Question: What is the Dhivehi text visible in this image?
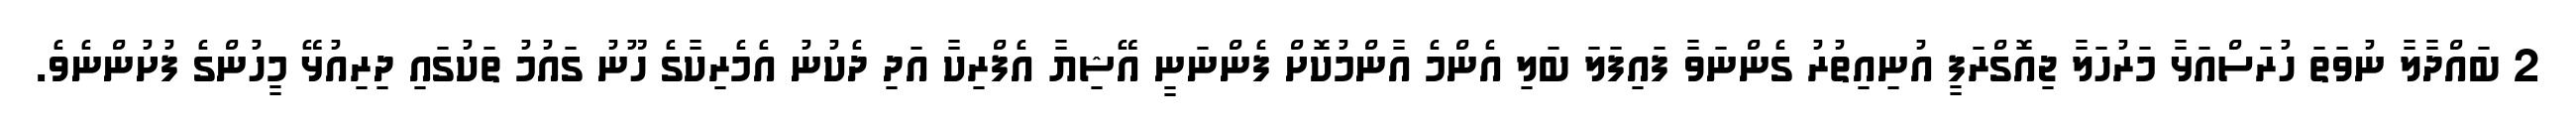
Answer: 2 ބައްދާލާ ނުވަތަ ހުރަސްއަޅާ މަރުހަލާ ޖިއޮގްރަފީ އުނިއިތުރު ގެންނަވާ ފައިފަލަ ބަލި އެންމެ އާންމުކޮށް ފެންނަނީ އޭޝިޔާ އެފްރިކާ އަދި ދެކުނު އެމެރިކާގެ ހޫނު ގައުމު ތަކުގައި ދިރިއުޅޭ މީހުންގެ ފުށުންނެވެ.